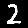
Digit: 2